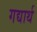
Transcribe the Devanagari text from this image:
गद्यार्थ